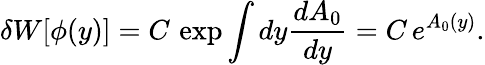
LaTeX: \delta W[\phi(y)]=C\, \exp\int dy\frac{dA_{0}}{dy}=C\, e^{A_{0}(y)}.